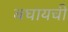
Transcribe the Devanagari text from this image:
बघायची